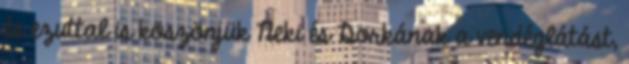
és ezuttal is köszönjük Neki és Dorkának a vendéglátást,